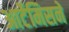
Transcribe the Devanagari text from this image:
आर्टेमिसने